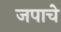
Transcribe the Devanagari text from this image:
जपाचे